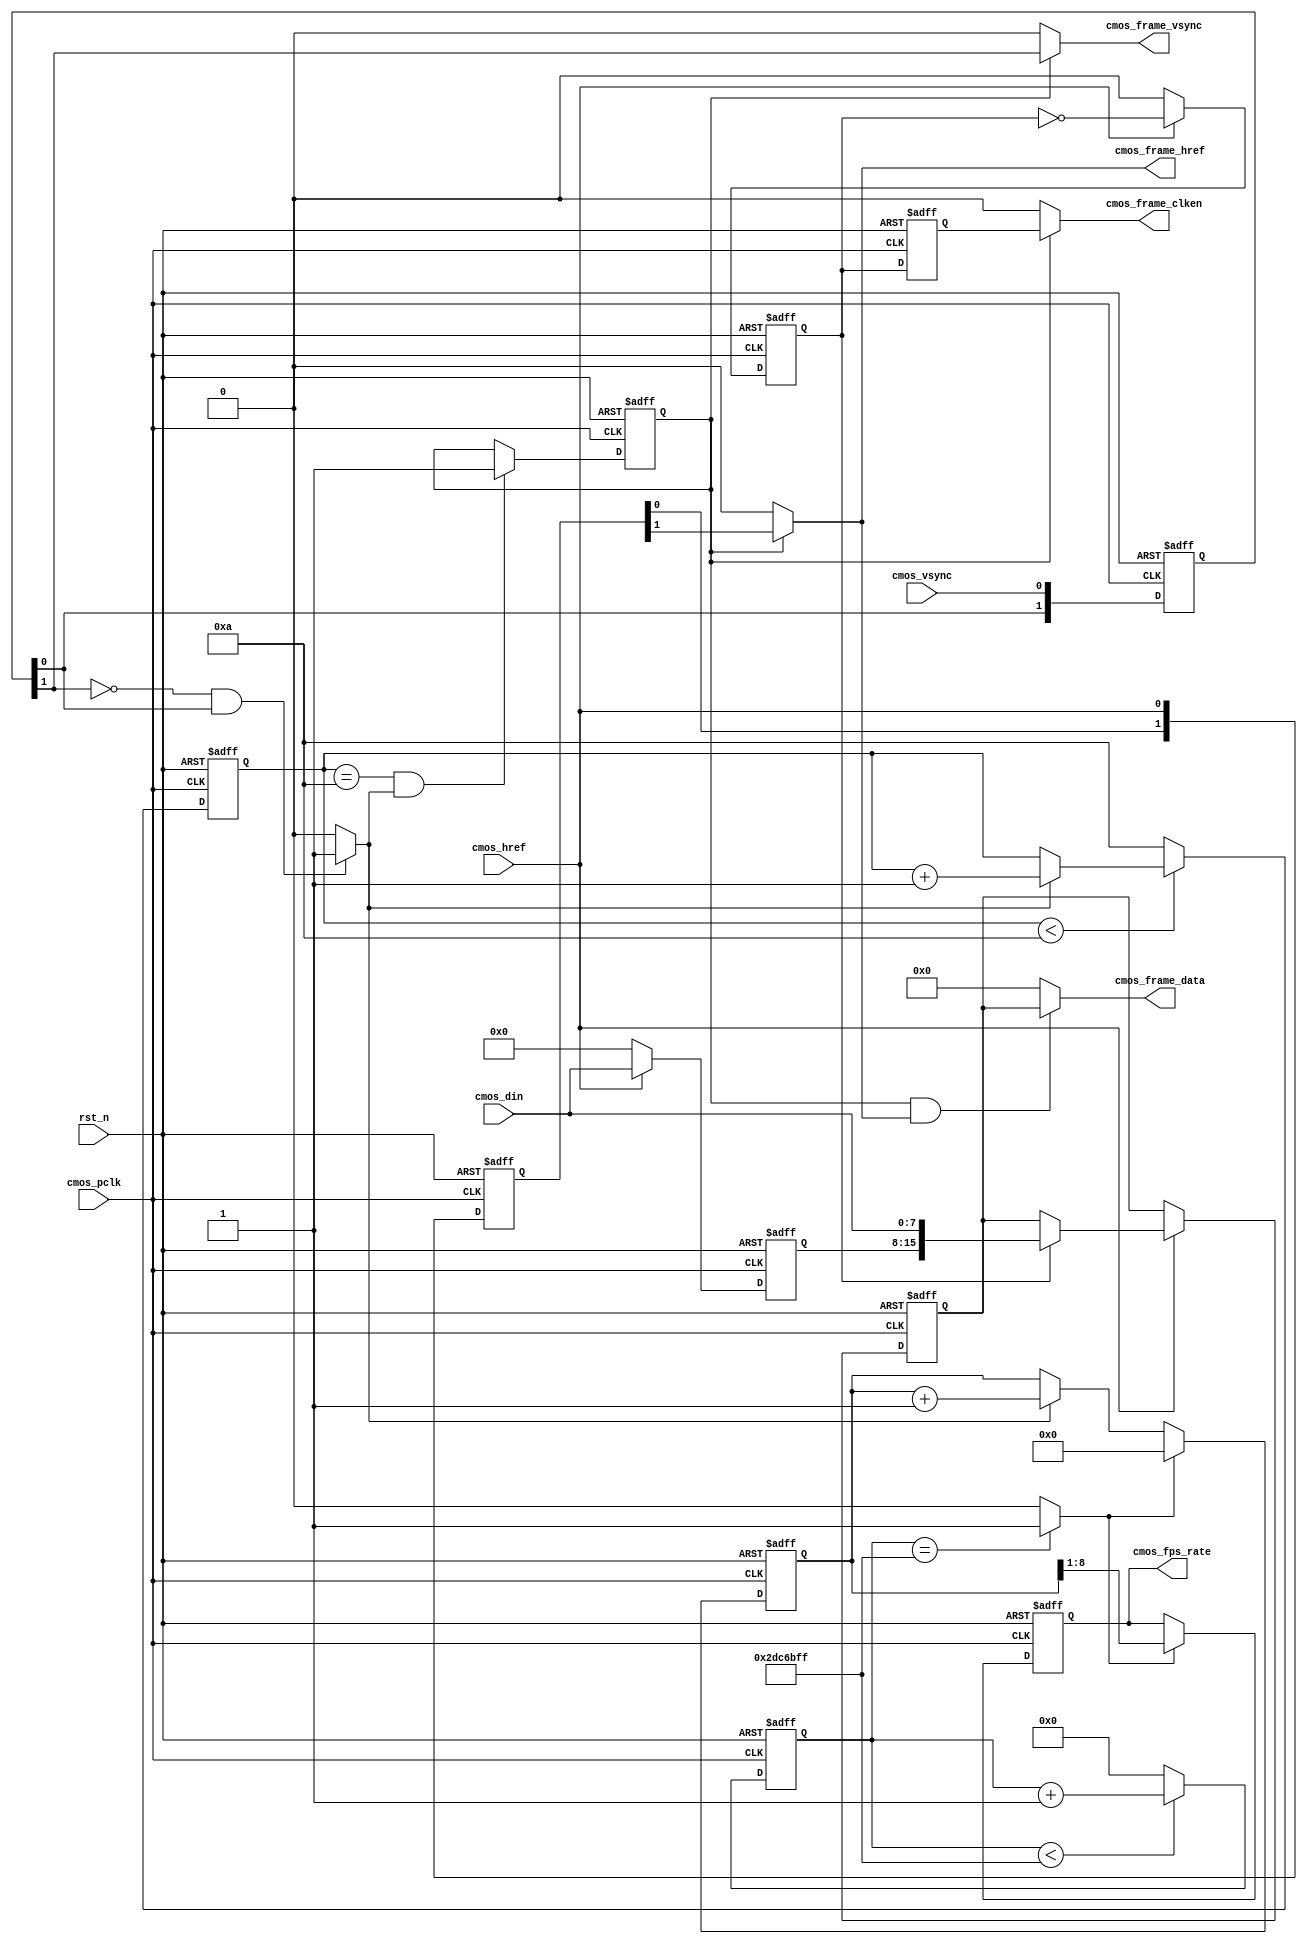
// --------------------------------------------------------------------
// >>>>>>>>>>>>>>>>>>>>>>>>> COPYRIGHT NOTICE <<<<<<<<<<<<<<<<<<<<<<<<<
// --------------------------------------------------------------------
// Github: https://github.com/halftop
// Description: 
// Dependencies: 
// Since: 2019-07-30 11:42:17
// LastEditors: halftop
// LastEditTime: 2019-07-30 11:42:17
// ********************************************************************
// Module Function:
`timescale 1ns/1ns
module OV_CAM_Capture(
	input				rst_n,				//global reset

	//CMOS Sensor Interface
	input				cmos_pclk,			//24MHz CMOS Pixel clock input
	input				cmos_vsync,			//H : Data Valid; L : Frame Sync(Set it by register)
	input				cmos_href,			//H : Data vaild, L : Line Sync
	input		[7:0]	cmos_din,			//8 bits cmos data input
	
	//CMOS SYNC Data output
	output				cmos_frame_vsync,	//cmos frame data vsync valid signal
	output				cmos_frame_href,	//cmos frame data href vaild  signal
	output		[15:0]	cmos_frame_data,	//cmos frame RGB output: {{R[4:0],G[5:3]}, {G2:0}, B[4:0]}	
	output				cmos_frame_clken,	//cmos frame data output/capture enable clock, 12MHz
	
	//user interface
	output	reg	[7:0]	cmos_fps_rate		//cmos frame output rate
);

	parameter			CMOS_FRAME_WAITCNT	=	4'd10;		//Wait n fps for steady(OmniVision need 10 Frame)

	//sync the frame vsync and href signal and generate frame begin & end signal
	reg	[1:0]	cmos_vsync_r, cmos_href_r;
	
	always@(posedge cmos_pclk or negedge rst_n)
	if(!rst_n) begin
		cmos_vsync_r <= 0;
		cmos_href_r <= 0;
	end
	else begin
		cmos_vsync_r <= {cmos_vsync_r[0], cmos_vsync};
		cmos_href_r <= {cmos_href_r[0], cmos_href};
	end

	wire	cmos_vsync_posedge 	= 	(~cmos_vsync_r[1] & cmos_vsync_r[0]) ? 1'b1 : 1'b0;	
	//wire	cmos_vsync_negedge 	= 	(cmos_vsync_r[1] & ~cmos_vsync_r[0]) ? 1'b1 : 1'b0;	

	//----------------------------------------------------------------------------------
	//Wait for Sensor output Data valid 10 Frame of OmniVision
	reg	[3:0]	cmos_fps_cnt;
	always@(posedge cmos_pclk or negedge rst_n)
	if(!rst_n)
		cmos_fps_cnt <= 0;
	else begin	//Wait until cmos init complete
		if(cmos_fps_cnt < CMOS_FRAME_WAITCNT)	
			cmos_fps_cnt <= cmos_vsync_posedge ? cmos_fps_cnt + 1'b1 : cmos_fps_cnt;
		else
			cmos_fps_cnt <= CMOS_FRAME_WAITCNT;
	end

	//----------------------------------------------------------------------------------
	//Come ture frame synchronization to ignore error frame or has not capture when vsync begin
	reg		frame_sync_flag;
	always@(posedge cmos_pclk or negedge rst_n)
	if(!rst_n)
		frame_sync_flag <= 0;
	else if(cmos_fps_cnt == CMOS_FRAME_WAITCNT && cmos_vsync_posedge == 1)
		frame_sync_flag <= 1;
	else
		frame_sync_flag <= frame_sync_flag;


	//----------------------------------------------------------------------------------
	//capture and sync  cmos_din
	reg	[7:0]	cmos_din_r;
	reg	[15:0]	cmos_frame_data_r;
	reg			byte_flag;
	always@(posedge cmos_pclk or negedge rst_n)
	if(!rst_n) begin
		cmos_din_r <= 0;
		byte_flag <= 0;
		cmos_frame_data_r <= 0;
	end
	else if(cmos_href) begin
		byte_flag <= ~byte_flag;
		cmos_din_r <= cmos_din;
		if(byte_flag == 1'b1)
			cmos_frame_data_r <= {cmos_din_r, cmos_din};	//MSB -> LSB
		else
			cmos_frame_data_r <= cmos_frame_data_r;
	end
	else begin
		cmos_din_r <= 0;
		byte_flag <= 0;
		cmos_frame_data_r <= cmos_frame_data_r;
	end

	assign	cmos_frame_data = (frame_sync_flag & cmos_frame_href) ? cmos_frame_data_r : 16'd0;

	//-----------------------------------------------
	//Generate cmos data enable clock signal
	reg	byte_flag_r;
	always@(posedge cmos_pclk or negedge rst_n)
	if(!rst_n)
		byte_flag_r <= 0;
	else
		byte_flag_r <= byte_flag;
		
	assign	cmos_frame_clken = frame_sync_flag ? byte_flag_r : 1'b0;
	assign	cmos_frame_vsync = frame_sync_flag ? cmos_vsync_r[1] : 1'b0;//Lag 2 clocks
	assign	cmos_frame_href  = frame_sync_flag ? cmos_href_r[1] : 1'b0;	//Lag 2 clocks


	//----------------------------------------------------------------------------------------------------------
	//----------------------------------------------------------------------------------------------------------
	//Delay 2s for cmos fps counter
	localparam	DELAY_TOP = 2 * 24_000000;	//2s delay
	reg	[27:0]	delay_cnt;
	always@(posedge cmos_pclk or negedge rst_n)
	if(!rst_n)
		delay_cnt <= 0;
	else if(delay_cnt < DELAY_TOP - 1'b1)
		delay_cnt <= delay_cnt + 1'b1;
	else
		delay_cnt <= 0;


	wire	delay_2s = (delay_cnt == DELAY_TOP - 1'b1) ? 1'b1 : 1'b0;

	//-------------------------------------
	//cmos image output rate counter
	reg	[8:0]	cmos_fps_cnt2;
	always@(posedge cmos_pclk or negedge rst_n)
	if(!rst_n) begin
		cmos_fps_cnt2 <= 0;
		cmos_fps_rate <= 0;
	end
	else if(delay_2s == 1'b0)begin	//time is not reached
		cmos_fps_cnt2 <= cmos_vsync_posedge ? cmos_fps_cnt2 + 1'b1 : cmos_fps_cnt2;
		cmos_fps_rate <= cmos_fps_rate;
	end
	else begin	//time up
		cmos_fps_cnt2 <= 0;
		cmos_fps_rate <= cmos_fps_cnt2[8:1];	//divide by 2
	end

endmodule